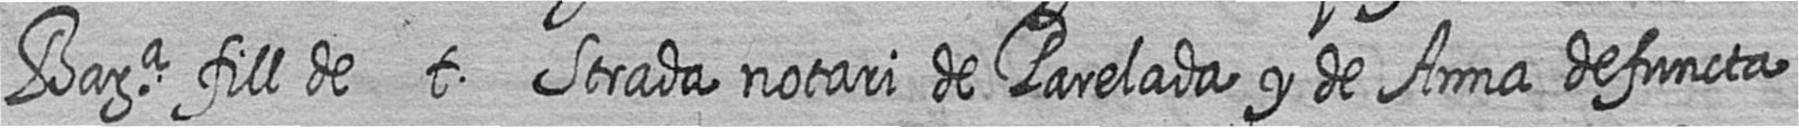
Bara fill de t Strada notari de Parelada y de Anna defuncta